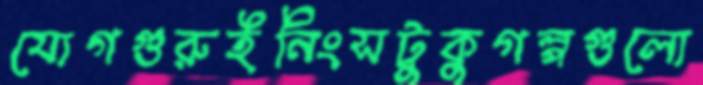
যোগগুরুইনিংসটুকুগল্পগুলো